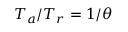
T _ { a } / T _ { r } = 1 / \theta